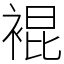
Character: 裩